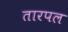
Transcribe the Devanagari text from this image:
तारपल